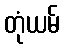
တုံယမ်